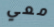
معي